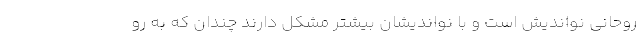
روحانی نواندیش است و با نواندیشان بیشتر مشکل دارند چندان که به رو